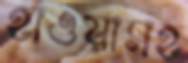
হাওয়াসহ